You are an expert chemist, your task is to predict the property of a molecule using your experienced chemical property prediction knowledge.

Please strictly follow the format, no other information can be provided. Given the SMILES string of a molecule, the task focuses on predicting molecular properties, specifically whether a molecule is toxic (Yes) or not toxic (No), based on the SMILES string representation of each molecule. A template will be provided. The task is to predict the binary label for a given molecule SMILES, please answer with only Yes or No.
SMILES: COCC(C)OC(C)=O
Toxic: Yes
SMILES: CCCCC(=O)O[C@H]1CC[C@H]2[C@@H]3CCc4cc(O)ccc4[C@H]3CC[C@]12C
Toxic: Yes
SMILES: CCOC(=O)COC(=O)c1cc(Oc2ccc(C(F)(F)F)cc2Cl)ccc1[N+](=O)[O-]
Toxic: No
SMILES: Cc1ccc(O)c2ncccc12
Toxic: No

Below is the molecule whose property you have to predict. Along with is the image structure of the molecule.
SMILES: CC[C@@H](C)CCCCC(=O)N[C@@H](CCNCS(=O)(=O)[O-])C(=O)N[C@H](C(=O)N[C@@H](CCNCS(=O)(=O)[O-])C(=O)N[C@H]1CCNC(=O)[C@H]([C@@H](C)O)NC(=O)[C@H](CCNCS(=O)(=O)[O-])NC(=O)[C@H](CCNCS(=O)(=O)[O-])NC(=O)[C@H](CC(C)C)NC(=O)[C@@H](CC(C)C)NC(=O)[C@H](CCNCS(=O)(=O)[O-])NC1=O)[C@@H](C)O
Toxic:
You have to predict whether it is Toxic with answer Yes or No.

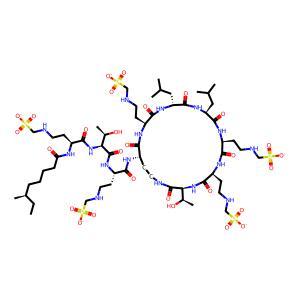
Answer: No